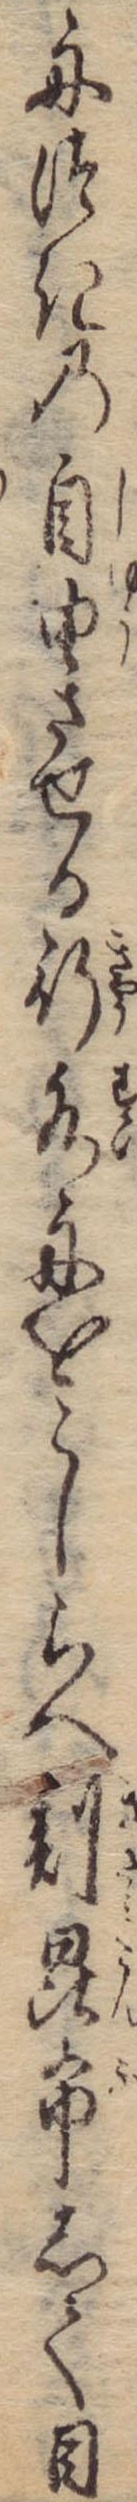
舟つきの自由させる行水舟をこしらへ刻昆布して目